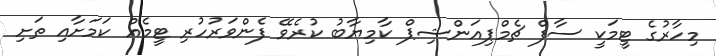
މިހާރުގެ ޓީމަކީ ސާފް ޗެމްޕިއަންޝިޕް ކާމިޔާބު ކުރެވޭ ފެންވަރުހުރި ޓީމެއް ކަމަށާއި ތަށި